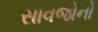
સાવજોનો